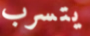
يتسرب